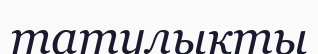
татулықты